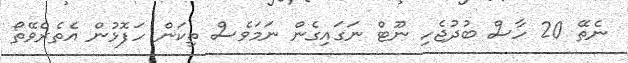
ނެތޭ 20 ހާސް ބުދުޖެހި ނޫޓް ނަގައިގެން ނަމަވެސް ތިކަން ހަފޮޅުން އެތެރެވޭތޯ